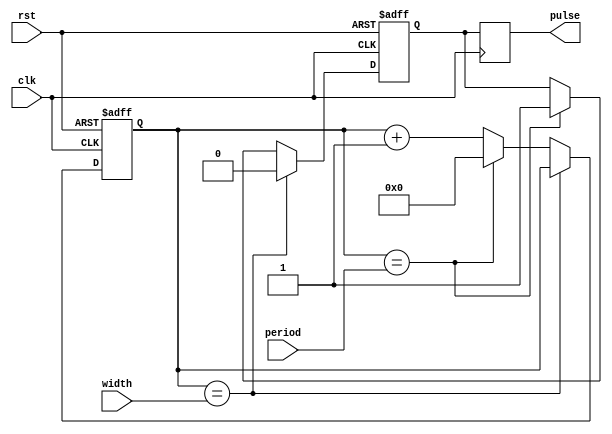
module AsyncPulseGenerator (
    input wire clk,
    input wire rst,
    input wire width,
    input wire period,
    output reg pulse
);

reg [31:0] counter;
reg pulse_reg;

always @(posedge clk or posedge rst) begin
    if (rst) begin
        counter <= 0;
        pulse_reg <= 0;
    end else begin
        if (counter == width) begin
            pulse_reg <= 0;
        end else if (counter == period) begin
            pulse_reg <= 1;
            counter <= 0;
        end else begin
            counter <= counter + 1;
        end
    end
end

always @(posedge clk) begin
    pulse <= pulse_reg;
end

endmodule